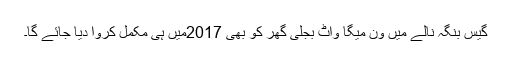
گیس بنگہ نالے میں ون میگا واٹ بجلی گھر کو بھی 2017میں ہی مکمل کروا دیا جائے گا۔